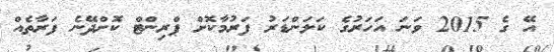
އޭ ގެ 2015 ވަނަ އަހަރުގެ ކަލަންޑަރު ފަރުމާކޮށް ޕްރިންޓް ކޮށްދޭނެ ފަރާތެއް